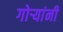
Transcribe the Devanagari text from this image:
गोऱ्यांनी